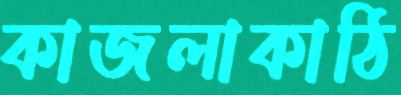
কাজলাকাঠি